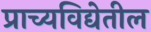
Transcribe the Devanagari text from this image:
प्राच्यविद्येतील